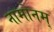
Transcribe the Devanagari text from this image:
नामोनम्